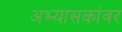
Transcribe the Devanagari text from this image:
अभ्यासकांवर